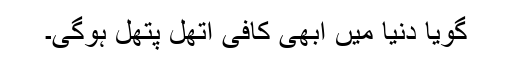
گویا دنیا میں ابھی کافی اتھل پتھل ہوگی۔